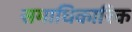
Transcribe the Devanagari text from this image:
समाधिकारिक